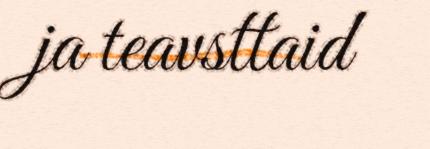
ja teavsttaid